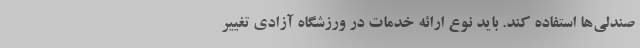
صندلی‌ها استفاده کند. باید نوع ارائه خدمات در ورزشگاه آزادی تغییر